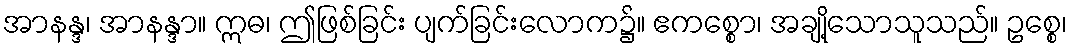
အာနန္ဒ၊ အာနန္ဒာ။ ဣဓ၊ ဤဖြစ်ခြင်း ပျက်ခြင်းလောက၌။ ဧကစ္စော၊ အချို့သောသူသည်။ ဥစ္စေ၊